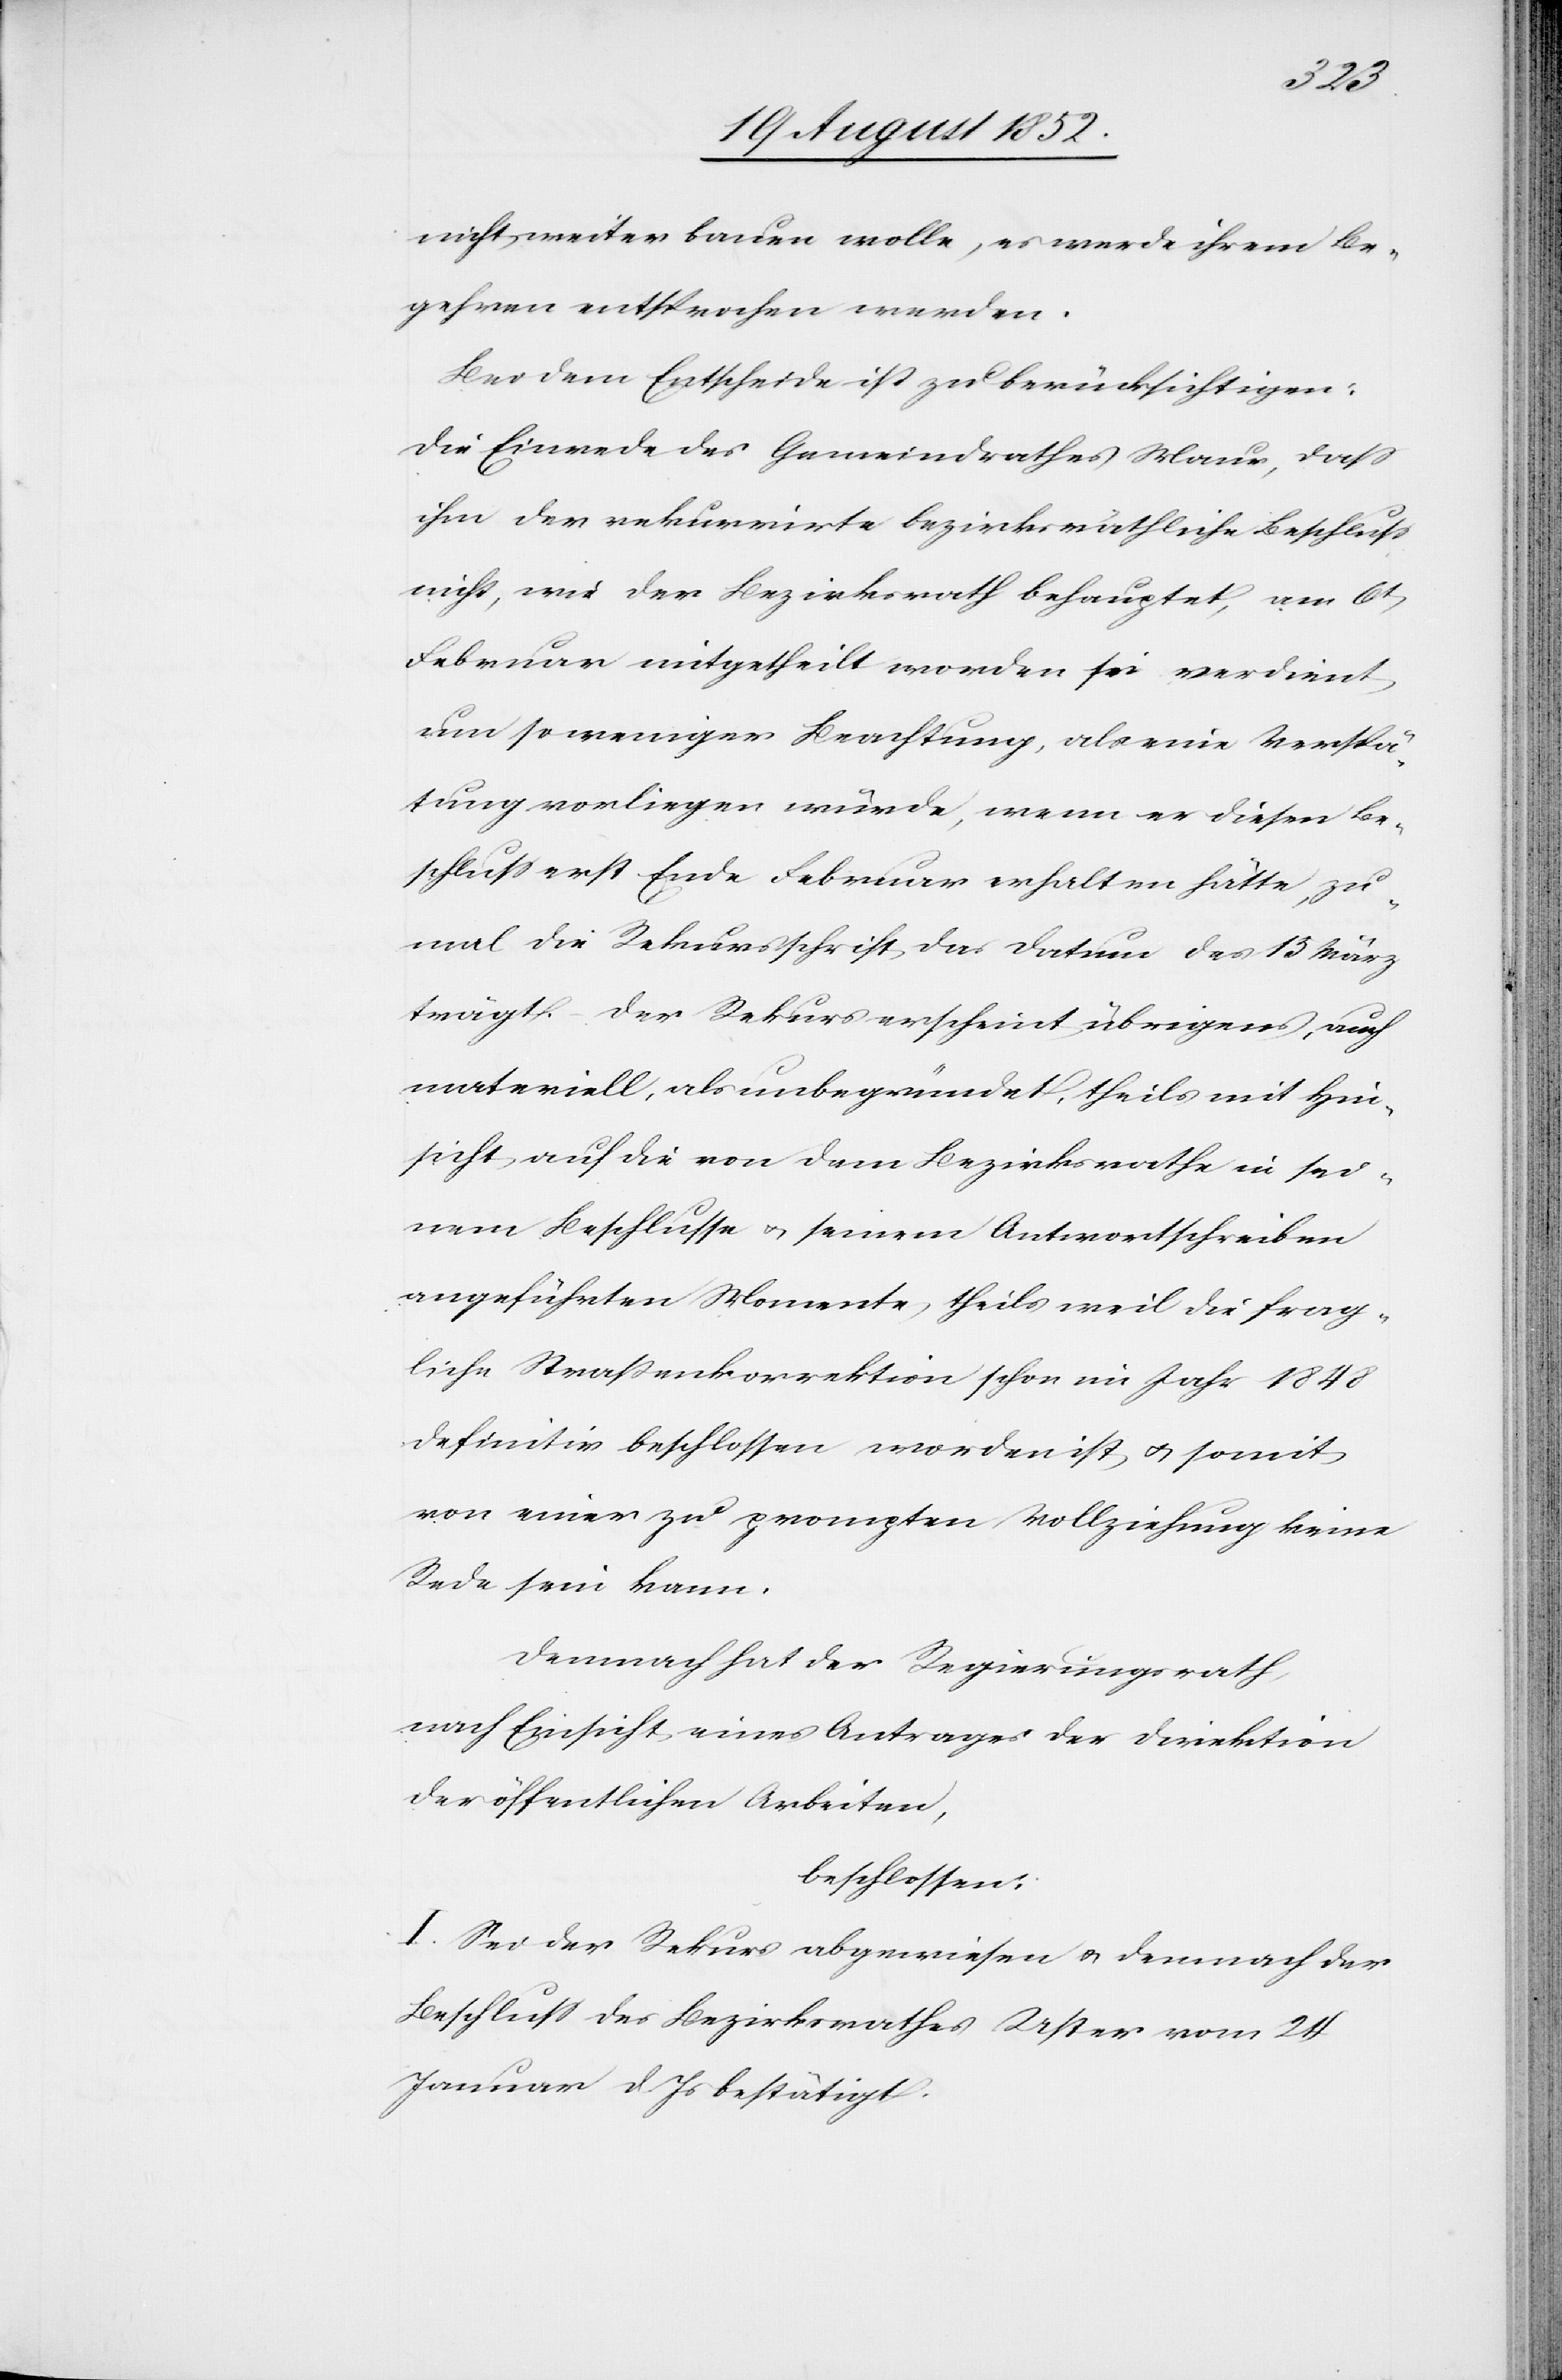
nicht weiter bauen wolle, es werde ihrem Be¬
gehren entsprochen werden.
Bei dem Entscheide ist zu berücksichtigen:
Die Einrede des Gemeindrathes Maur, dass
ihm der rekurrirte bezirksräthliche Beschluss
nicht, wie der Bezirksrath behauptet, am 6t
Februar mitgetheilt worden sei verdient
um so weniger Beachtung, als eine Verspä¬
tung vorliegen würde, wenn er diesen Be¬
schluss erst Ende Februar erhalten hätte, zu¬
mal die Rekursschrift das Datum des 15 März
trägt. – Der Rekurs erscheint übrigens, auch
materiell, als unbegründet, theils mit Hin¬
sicht auf die von dem Bezirksrathe in sei¬
nem Beschlusse & seinem Antwortschreiben
angeführten Momente theils weil die frag¬
liche Straßenkorrektion schon im Jahr 1848
definitiv beschlossen worden ist & somit
von einer zu prompten Vollziehung keine
Rede sein kann.
Demnach hat der Regierungsrath,
nach Einsicht eines Antrages der Direktion
der öffentlichen Arbeiten,
beschlossen:
I. Sei der Rekurs abgewiesen & demnach der
Beschluss des Bezirksrathes Uster vom 24
Januar d. Js bestätigt.